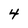
Character: 4